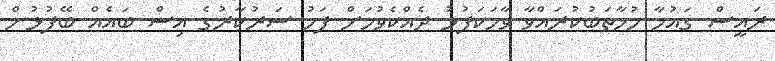
ރައީސް ގައުމާ މުޚާތަބުކުރައްވާ ވާހަކަފުޅު ދެއްކެވުމަށް ފަހު ސަރުކާރުގެ އިސް ބައެއް ބޭފުޅުން